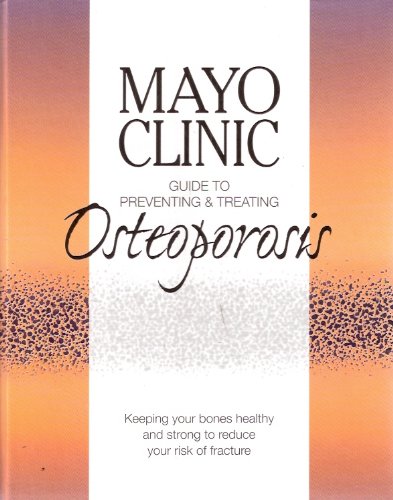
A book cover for Mayo Clinic Guide to Preventing and Treating Osteoporosis; MD Bart Clarke; Health, Fitness & Dieting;